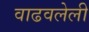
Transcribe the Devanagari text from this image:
वाढवलेली